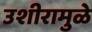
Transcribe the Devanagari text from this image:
उशीरामुळे